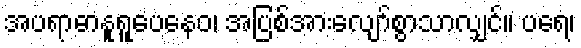
အပရာဓာနူရူပေနေဝ၊ အပြစ်အားလျော်စွာသာလျှင်။ ပရေ၊